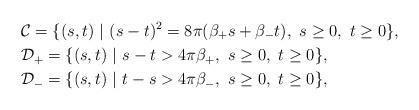
LaTeX: \begin{align*}&{\cal C}=\{(s,t) \ | \ (s-t)^2=8\pi(\beta_+ s+\beta_- t),\ s\geq 0,\ t\geq 0\}, \\&{\cal D}_+=\{(s,t) \ | \ s-t>4\pi\beta_+,\ s\geq 0,\ t\geq 0 \}, \\&{\cal D}_{-}=\{(s,t) \ | \ t-s>4\pi\beta_-,\ s\geq 0,\ t\geq 0 \}, \end{align*}